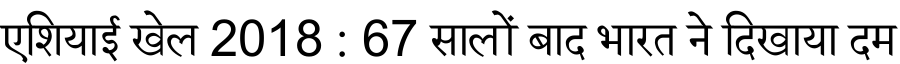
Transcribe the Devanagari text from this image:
एशियाई खेल 2018 : 67 सालों बाद भारत ने दिखाया दम